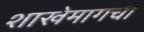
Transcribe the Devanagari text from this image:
शाखेमागची